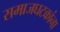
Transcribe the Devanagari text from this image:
समाजघटकांना